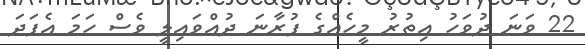
22 ވަނަ ދުވަހު އިތުރު މީހެއްގެ ފުރާނަ ދުއްވައިލީ ވެސް ހަމަ އެފަދަ